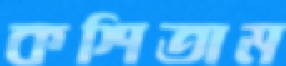
কশিতাম